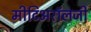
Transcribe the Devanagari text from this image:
मीटिअरॉलजी